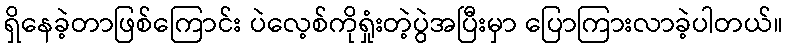
ရှိနေခဲ့တာဖြစ်ကြောင်း ပဲလေ့စ်ကိုရှုံးတဲ့ပွဲအပြီးမှာ ပြောကြားလာခဲ့ပါတယ်။